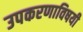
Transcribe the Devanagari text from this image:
उपकरणाविषयी